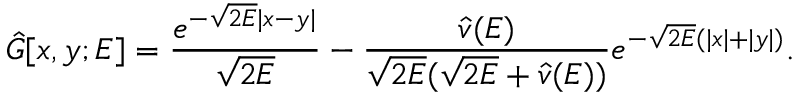
\hat { G } [ x , y ; E ] = \frac { e ^ { - \sqrt { 2 E } | x - y | } } { \sqrt { 2 E } } - \frac { \hat { v } ( E ) } { \sqrt { 2 E } ( \sqrt { 2 E } + \hat { v } ( E ) ) } e ^ { - \sqrt { 2 E } ( | x | + | y | ) } .